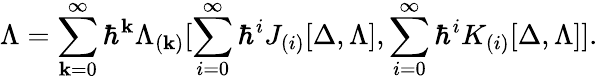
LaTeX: \Lambda=\sum_{\mathbf{k}=0}^{\infty}\hbar^{\mathbf{k}}\Lambda_{(\mathbf{k})}[\sum_{i=0}^{\infty}\hbar^{i}J_{(i)}[\Delta,\Lambda],\sum_{i=0}^{\infty}\hbar^{i}K_{(i)}[\Delta,\Lambda]].